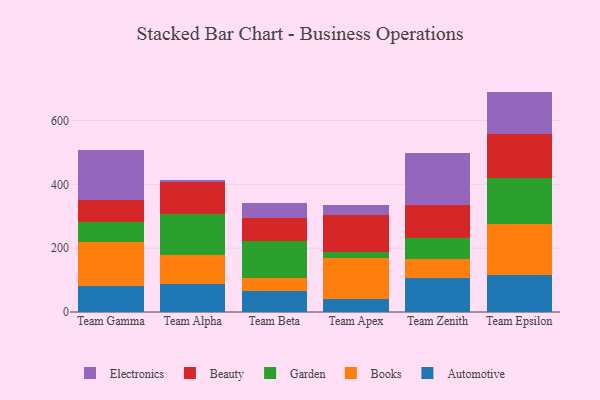
{"axis": {"x": "Team", "y": "Gross Profit (USD K)"}, "legend": ["Automotive", "Beauty", "Books", "Electronics", "Garden"], "data": [{"x": "Team Gamma", "y": 82.7, "type": "Automotive"}, {"x": "Team Gamma", "y": 135.9, "type": "Books"}, {"x": "Team Gamma", "y": 62.5, "type": "Garden"}, {"x": "Team Gamma", "y": 71.2, "type": "Beauty"}, {"x": "Team Gamma", "y": 155.6, "type": "Electronics"}, {"x": "Team Alpha", "y": 87.9, "type": "Automotive"}, {"x": "Team Alpha", "y": 89.7, "type": "Books"}, {"x": "Team Alpha", "y": 129.1, "type": "Garden"}, {"x": "Team Alpha", "y": 99.8, "type": "Beauty"}, {"x": "Team Alpha", "y": 7.3, "type": "Electronics"}, {"x": "Team Beta", "y": 66.5, "type": "Automotive"}, {"x": "Team Beta", "y": 39.9, "type": "Books"}, {"x": "Team Beta", "y": 117.4, "type": "Garden"}, {"x": "Team Beta", "y": 71.9, "type": "Beauty"}, {"x": "Team Beta", "y": 45.6, "type": "Electronics"}, {"x": "Team Apex", "y": 40.3, "type": "Automotive"}, {"x": "Team Apex", "y": 127.8, "type": "Books"}, {"x": "Team Apex", "y": 19.2, "type": "Garden"}, {"x": "Team Apex", "y": 117.8, "type": "Beauty"}, {"x": "Team Apex", "y": 29.4, "type": "Electronics"}, {"x": "Team Zenith", "y": 108.1, "type": "Automotive"}, {"x": "Team Zenith", "y": 58.1, "type": "Books"}, {"x": "Team Zenith", "y": 66.3, "type": "Garden"}, {"x": "Team Zenith", "y": 103.3, "type": "Beauty"}, {"x": "Team Zenith", "y": 161.7, "type": "Electronics"}, {"x": "Team Epsilon", "y": 116.9, "type": "Automotive"}, {"x": "Team Epsilon", "y": 157.8, "type": "Books"}, {"x": "Team Epsilon", "y": 146.1, "type": "Garden"}, {"x": "Team Epsilon", "y": 136.0, "type": "Beauty"}, {"x": "Team Epsilon", "y": 133.8, "type": "Electronics"}]}